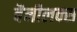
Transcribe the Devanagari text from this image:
बैनीलक्स